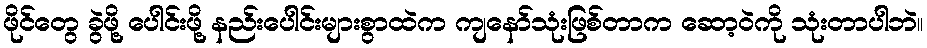
ဖိုင်တွေ ခွဲဖို့ ပေါင်းဖို့ နည်းပေါင်းများစွာထဲက ကျနော်သုံးဖြစ်တာက ဆော့ဝဲကို သုံးတာပါဘဲ။